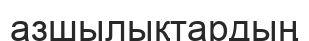
азшылықтардың